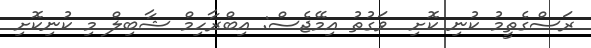
ރަސްގެތީމު ކުނި ކޮށި  ވަގުތު އިމޭޖެސް: އިބްރާހިމް ޝާބިލް މި ކުނިކޮށި